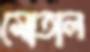
মোতাল